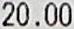
20.00